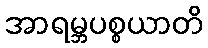
အာရမ္ဘပစ္စယာတိ